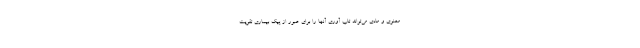
معنوی و مادی می‌تواند تاب آوری آنها را برای عبور از پیک بیماری تقویت